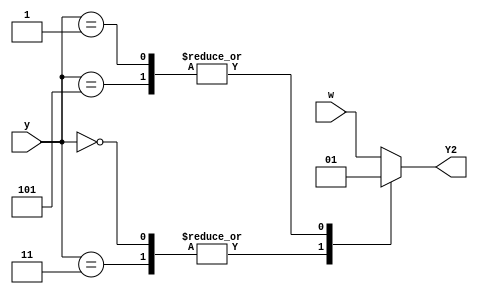
module top_module (
    input [3:1] y,
    input w,
    output Y2);

    always @(*) begin
        case(y) 
            3'b000,3'b011 : Y2=0;
            3'b001,3'b101 : Y2=1;
            default: Y2=w;
        endcase
    end
endmodule